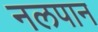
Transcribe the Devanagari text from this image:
नलपान